Indian journal of veterinary science and animal husbandry - Volume 5,
Year: 1935
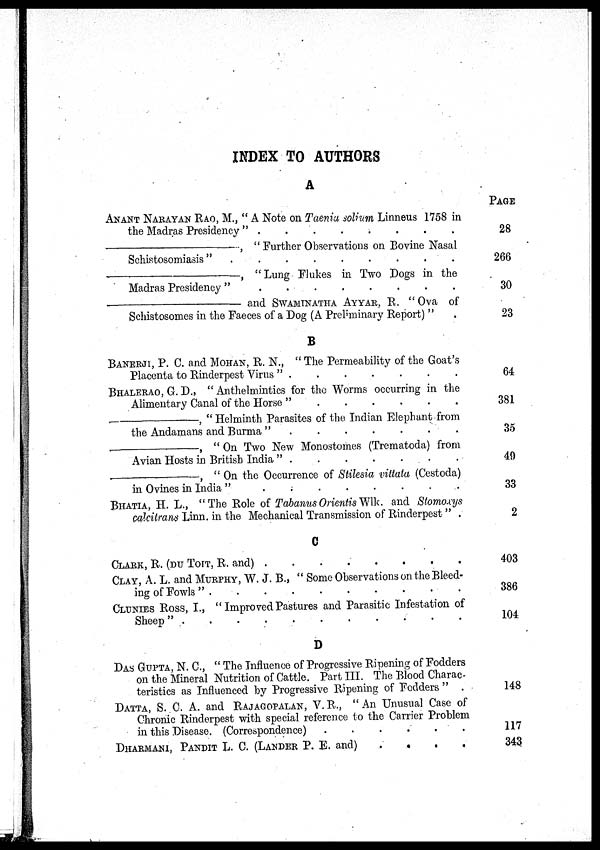
INDEX TO AUTHORS
A
ANANT NARAYAN RAO, M., " A Note on Taenia solium Linneus 1758 in
the Madras Presidency "
.
.
.
.
.
.
.
.
—,
" Further Observations on Bovine Nasal
Schistosomiasis"
.
.
.
.
.
.
.
.
—,
" Lung Flukes in Two Dogs in the
Madras Presidency"
.
.
.
.
.
.
.
.
—
and SWAMINATHA AYYAR, R. " Ova of
Schistosomes in the Faeces of a Dog (A Preliminary Report) " .
B
BANERJI, P. C. and MOHAN, R. N., " The Permeability of the Goat's
Placenta to Rinderpest Virus "
.
.
.
.
.
.
.
.
BHALERAO, G. D., " Anthelmintics for the Worms occurring in the
Alimentary Canal of the Horse "
.
.
.
.
.
.
.
.
—,
" Helminth Parasites of the Indian Elephant from
the Andamans and Burma "
.
.
.
.
.
.
.
.
—,
" On Two New Monostomes (Trematoda) from
Avian Hosts in British India "
.
.
.
.
.
.
.
.
—,
" On the Occurrence of Stilesia vittata (Cestoda)
in Ovines in India "
.
.
.
.
.
.
.
.
BHATIA, H. L., " The Role of Tabanus Orientis Wlk. and Stomoxys
Calcitrans Linn. in the Mechanical Transmission of Rinderpest " .
C
CLARK, R. (DU TOIT, R. and)
.
.
.
.
.
.
.
.
CLAY, A. L. and MURPHY, W. J. B., " Some Observations on the Bleed-
ing of Fowls" . . . . . . . .
CLUNIES ROSS, I., "Improved Pastures and Parasitic Infestation of
Sheep " . . . . . . . .
D
DAS GUPTA, N. C., " The Influence of Progressive Ripening of Fodders
on the Mineral Nutrition of Cattle. Part III. The Blood Charac-
teristics as Influenced by Progressive Ripening of Fodders " .
DATTA, S. C. A. and RAJAGOPALAN, V. R., " An Unusual Case of
Chronic Rinderpest with special reference to the Carrier Problem
in this Disease. (Correspondence)
.
.
.
.
.
.
.
.
DHARMANI, PANDIT L. C. (LANDER P. E. and) . . . . . . . .
PAGE
28
266
30
23
64
381
35
49
33
2
403
386
104
148
117
343